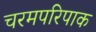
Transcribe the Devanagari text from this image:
चरमपरिपाक